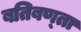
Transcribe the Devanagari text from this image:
बतिबण्ता